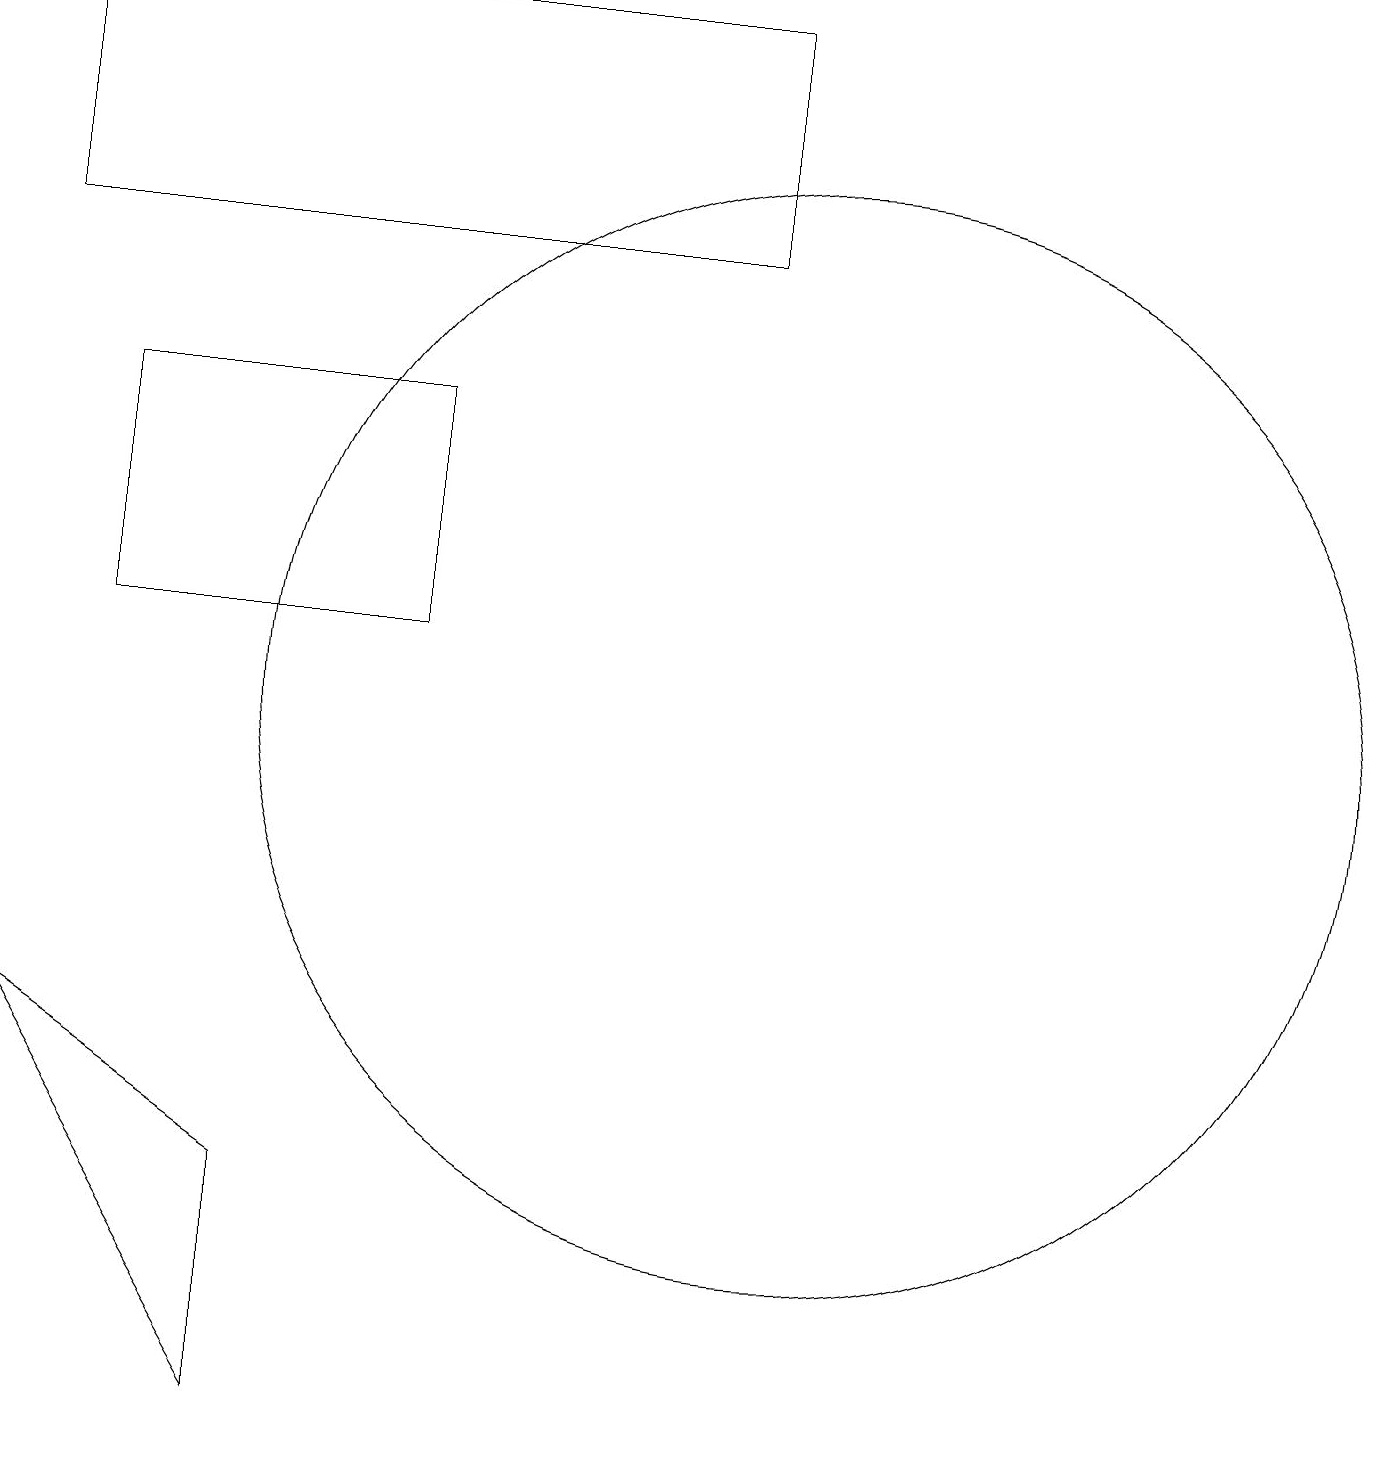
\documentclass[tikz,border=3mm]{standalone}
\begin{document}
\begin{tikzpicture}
\draw (10,10) circle (7);
\draw (0,6) -- (3,1) -- (3,4) -- cycle;
\draw (5,11) rectangle (1,14);
\draw (0,16) rectangle (9,19);
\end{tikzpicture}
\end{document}